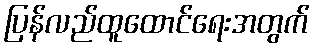
ပြန်လည်ထူထောင်ရေးအတွက်